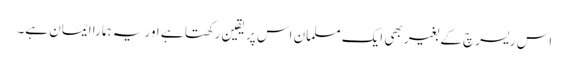
اس ریسرچ کے بغیر بھی ایک مسلمان ‌اس پر یقین رکھتا ہے اور یہ ہمارا ایمان ہے۔